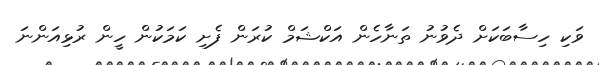
ވަކި ހިސާބަކަށް ދެވުނު ތަނާހެން އަކްޝަމް ކުރަން ފެށި ކަމަކުން ހީން ރުޅިއަންނަ